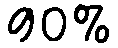
90%